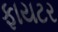
ફાયટર